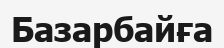
Базарбайға